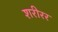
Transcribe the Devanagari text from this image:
शरीरर